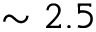
\sim 2 . 5